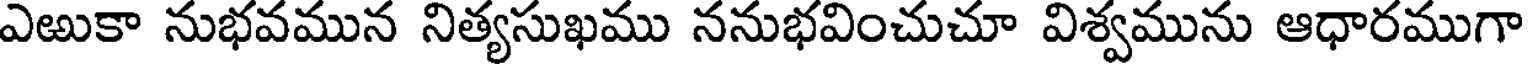
ఎఱుకా నుభవమున నిత్యసుఖము ననుభవించుచూ విశ్వమును ఆధారముగా